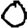
Digit: 0